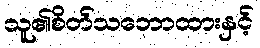
သူ၏စိတ်သဘောထားနှင့်